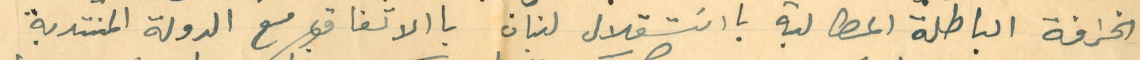
الخرافة الباطلة المطالبة بااسَتقلال لبنان باالاتفاق مع الدولة المنتدبة